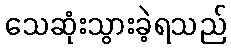
သေဆုံးသွားခဲ့ရသည်